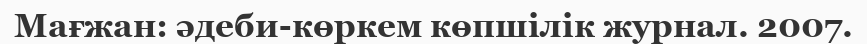
Мағжан: әдеби-көркем көпшілік журнал. 2007.